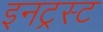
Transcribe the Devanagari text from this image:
इनट्रस्ट